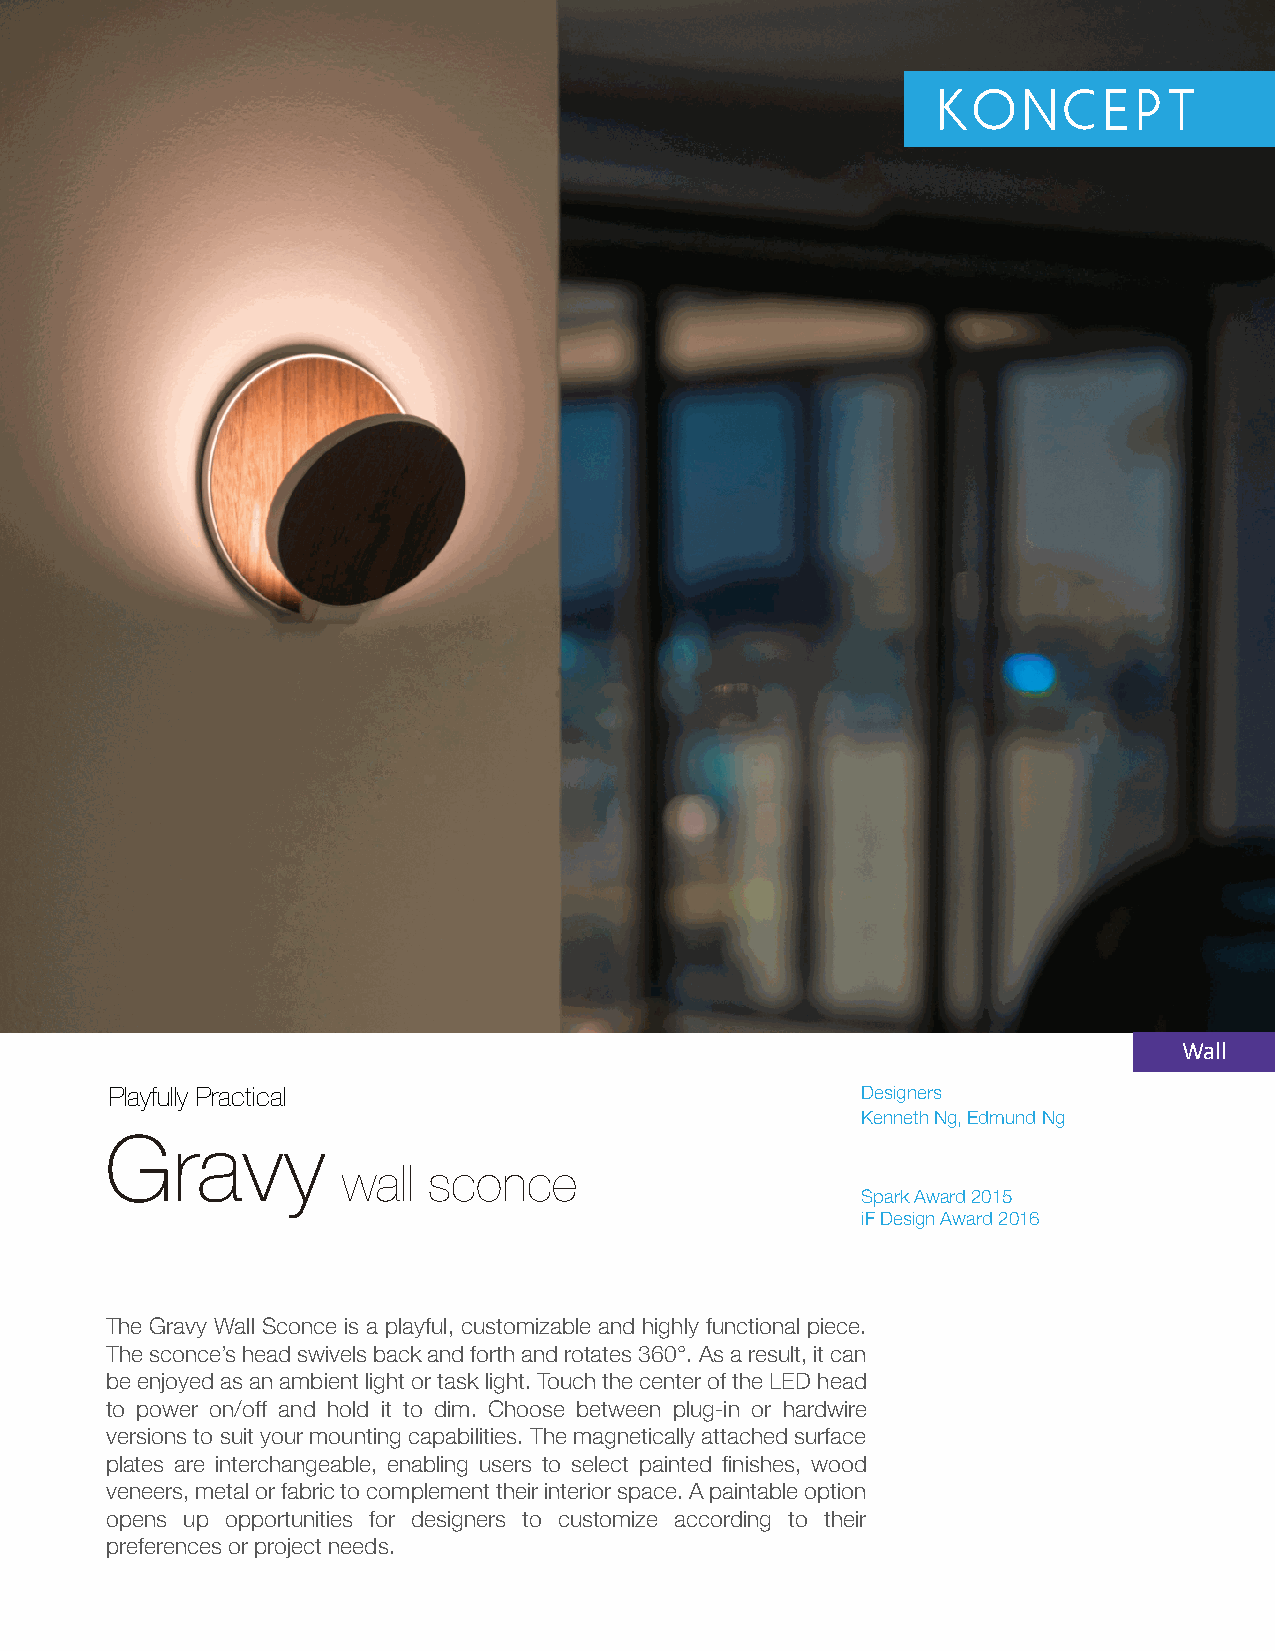
Wall
 Playfully Practical                               Designers
 Kenneth Ng, Edmund Ng
 Gravy
 wall sconce
 Spark Award 2015
 iF Design Award 2016
 The Gravy Wall Sconce is a playful, customizable and highly functional piece.
 The sconce’s head swivels back and forth and rotates 360°. As a result, it can
 be enjoyed as an ambient light or task light. Touch the center of the LED head
 to power on/off and hold it to dim. Choose between plug-in or hardwire
 versions to suit your mounting capabilities. The magnetically attached surface
 plates are interchangeable, enabling users to select painted finishes, wood
 veneers, metal or fabric to complement their interior space. A paintable option
 opens up opportunities for designers to customize according to their
 preferences or project needs.